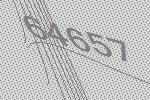
64657